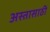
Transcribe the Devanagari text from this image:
अस्तासाठी